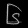
Digit: ၆